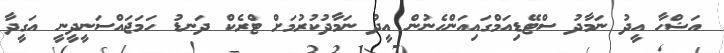
އަޟްހާ އީދު ނަމާދު ސްޓޭޑިއަމްގައިއަންހެނުން އީދު ނަމާދުކުރުމަށް ޓްރެކް ދަނޑު ހަމަޖައްސަނީދީނީ އަގީދާ